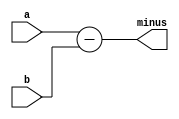
module sub_8b (a, b, minus);
  parameter size = 8;
  input [size-1:0] a, b;
  output reg [size-1:0] minus;
  
  always @(*) begin
    minus = a - b; 
  end
   
endmodule